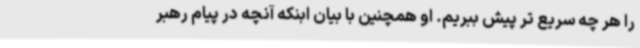
را هر چه سریع تر پیش ببریم. او همچنین با بیان ابنکه آنچه در پیام رهبر